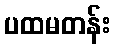
ပထမတန်း